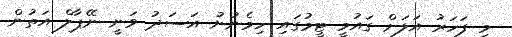
މި ފަހަރު އަލަށް ގައުމީ ޓީމުގައި ހިމެނުނު އަސަދު ވަނީ ނޭޕާލް އަތުން